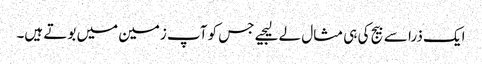
ایک ذرا سے بیج کی ہی مثال لے لیجیے جس کو آپ زمین میں بوتے ہیں۔